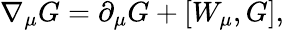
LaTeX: \nabla_{\mu}G=\partial_{\mu}G+\left[W_{\mu},G\right],